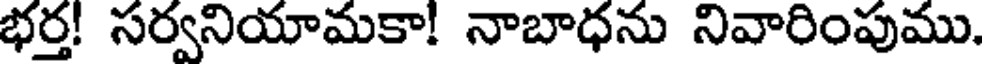
భర్త! సర్వనియామకా! నాబాధను నివారింపుము.